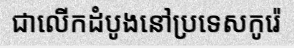
ជាលើកដំបូងនៅប្រទេសកូរ៉េ